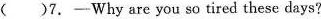
( )7.-Why are you so tired these days?